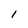
Character: I